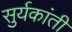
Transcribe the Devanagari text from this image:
सुर्यकांती